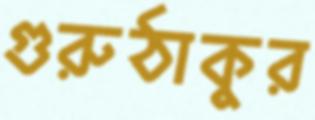
গুরুঠাকুর